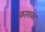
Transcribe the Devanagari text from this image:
काराका